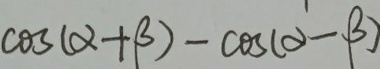
\(\cos(\alpha+\beta)-\cos(\alpha - \beta)\)